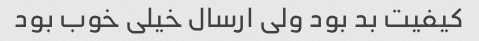
کیفیت بد بود ولی ارسال خیلی خوب بود